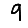
Digit: 9